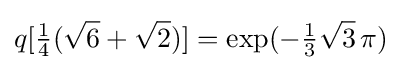
q[{\tfrac {1}{4}}({\sqrt {6}}+{\sqrt {2}})]=\exp(-{\tfrac {1}{3}}{\sqrt {3}}\,\pi )